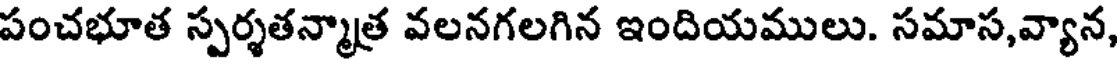
పంచభూత స్పర్శతన్మాత్ర వలనగలగిన ఇందియములు. సమాస,వ్యాన,